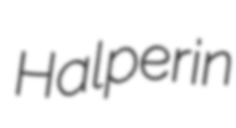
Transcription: Halperin